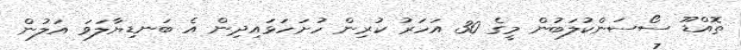
ތޮއްޑޫ ސޯސަންކުލަބުން މީގެ 30 އަހަރު ކުރިން ހުށަހަޅައިދިން އެ ބަނޑިޔާލަވަ އަލުން